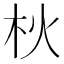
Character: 𣏹